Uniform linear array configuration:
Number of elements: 24
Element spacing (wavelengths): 1
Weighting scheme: kaiser
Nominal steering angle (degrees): -15
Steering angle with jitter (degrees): -14.799
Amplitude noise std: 0.05
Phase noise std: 0.05

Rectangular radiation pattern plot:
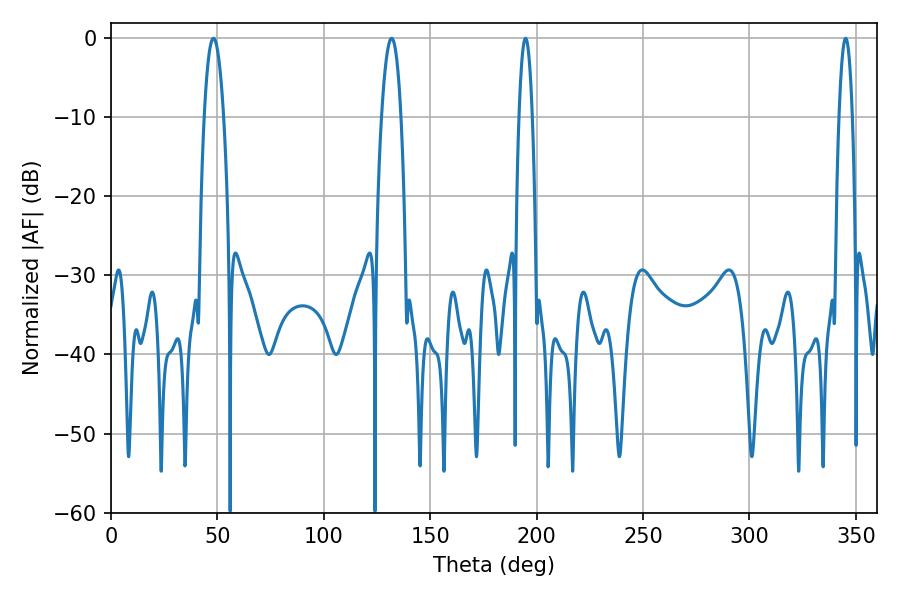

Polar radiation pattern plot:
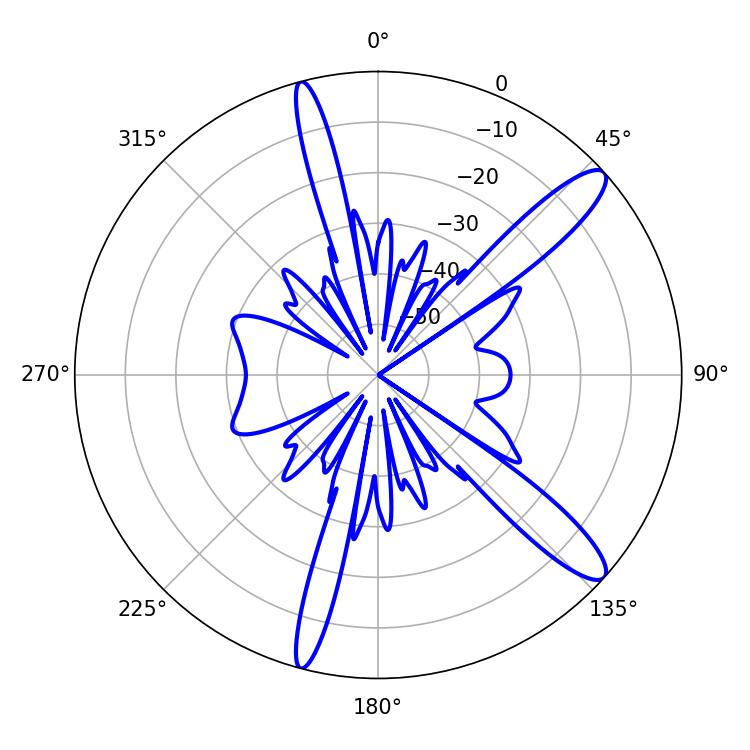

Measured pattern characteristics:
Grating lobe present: TRUE
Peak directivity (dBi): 12.672
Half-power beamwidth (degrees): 3.42
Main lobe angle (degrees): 194.76